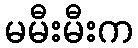
မမီးမီးက